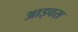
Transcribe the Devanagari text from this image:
आइवस